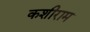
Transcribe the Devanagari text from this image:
कशीराम